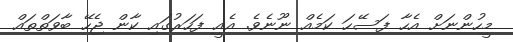
މީހުންނަށް އެހާ ފަސޭހަ ކަމެއް ނޫނެވެ. އެއީ ފަހަރުގައި ކާން ޖެހޭ ބާވަތްތައް